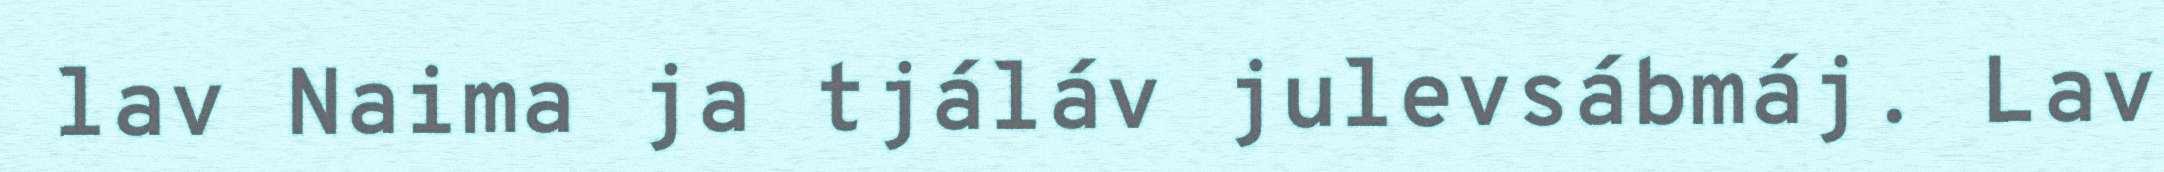
lav Naima ja tjáláv julevsábmáj. Lav